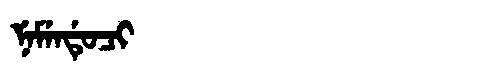
Manchu: ᠨᡝᠮᡝᠨᡩᡠᠴᡳ
Romanization: NEMENDUCI